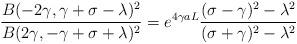
LaTeX: \begin{align*}\frac{B(-2\gamma,\gamma+\sigma-\lambda)^2}{B(2\gamma,-\gamma+\sigma+\lambda)^2}=e^{4\gamma a L} \frac{(\sigma-\gamma)^2-\lambda^2}{(\sigma+\gamma)^2-\lambda^2}\end{align*}